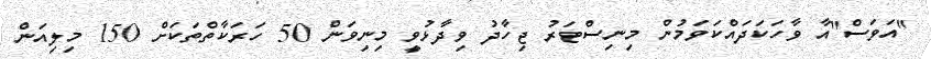
"އަވަސް"އާ ވާހަކަދައްކަވަމުން މިނިސްޓަރު ޖިހާދު ވިދާޅުވީ މިނިވަން 50 ހަރަކާތްތަކަށް 150 މިލިއަން